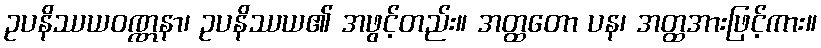
ဥပနိဿယဝဏ္ဏနာ၊ ဥပနိဿယ၏ အဖွင့်တည်း။ အတ္ထတော ပန၊ အတ္ထအားဖြင့်ကား။